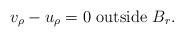
LaTeX: \begin{align*}v_\rho-u_\rho =0 {\mbox{ outside }}B_r.\end{align*}